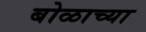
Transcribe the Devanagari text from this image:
बोळाच्या